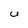
Character: U